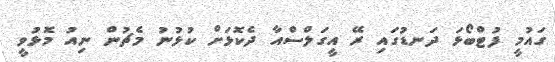
ގައުމީ ފުޓްބޯޅަ ދަނޑުގައި ރޭ އީގަލްސްއާ ދެކޮޅަށް ކުޅުނު މެޗުން ނިއު މޮޅުވީ